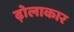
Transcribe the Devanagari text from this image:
ढ़ोलाकार